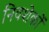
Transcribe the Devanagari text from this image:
निवशेकों